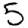
Digit: 5